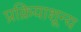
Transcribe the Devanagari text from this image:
प्रक्रियाशून्‍य